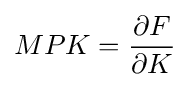
MPK={\frac {\partial F}{\partial K}}